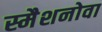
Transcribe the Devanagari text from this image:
स्मैशनोवा